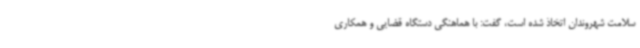
سلامت شهروندان اتخاذ شده است، گفت: با هماهنگی دستگاه قضایی و همکاری